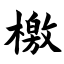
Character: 檄